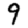
Digit: 9